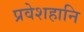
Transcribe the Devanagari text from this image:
प्रवेशहानि